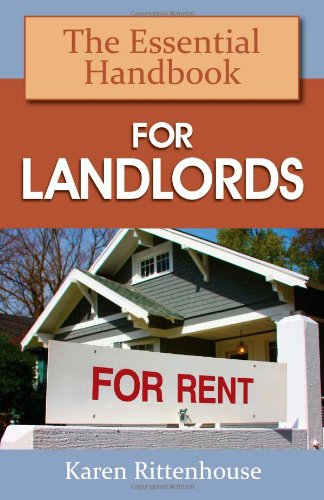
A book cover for The Essential Handbook for Landlords; Karen Rittenhouse; Business & Money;